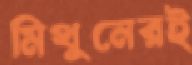
মিথুনেরই